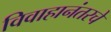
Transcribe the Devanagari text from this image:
विवाहानंतरचे